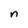
Character: n